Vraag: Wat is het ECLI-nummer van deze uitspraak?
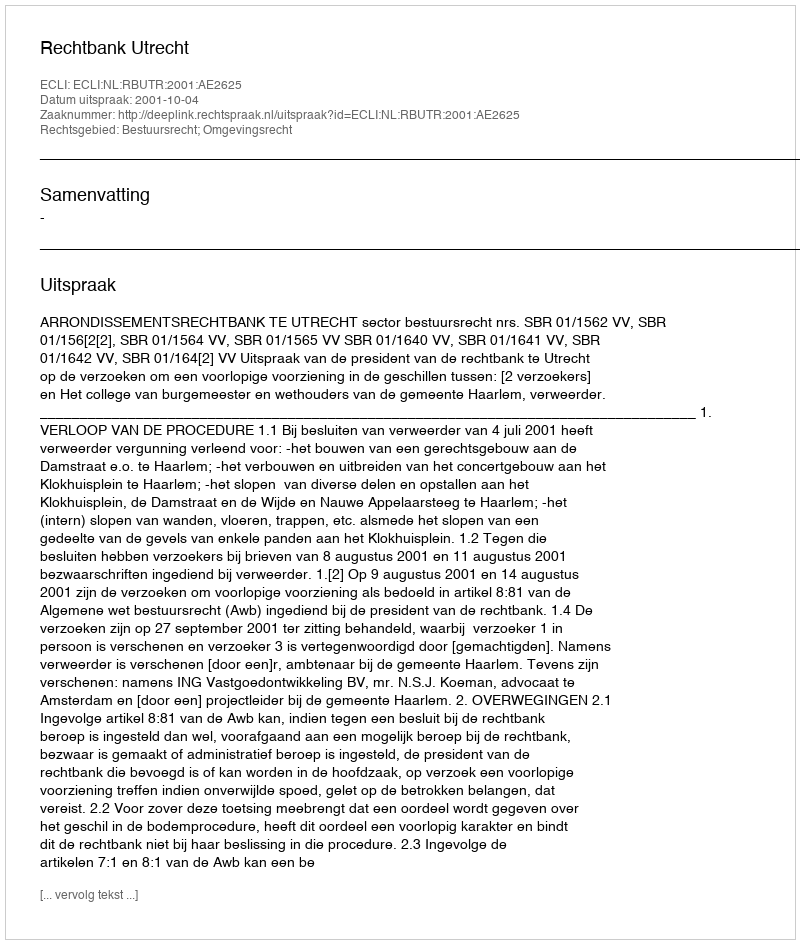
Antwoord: ECLI:NL:RBUTR:2001:AE2625